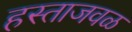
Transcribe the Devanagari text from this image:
हस्ताजवळ